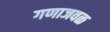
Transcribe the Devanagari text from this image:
गणाजवळ